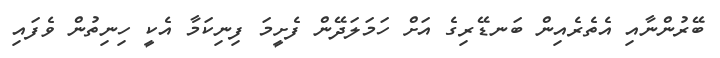
ބޭރުންނާއި އެތެރެއިން ބަނޑޭރިގެ އަށް ހަމަލަދޭން ފެށީމަ ފިނިކަމާ އެކީ ހިނިތުން ވެފައި